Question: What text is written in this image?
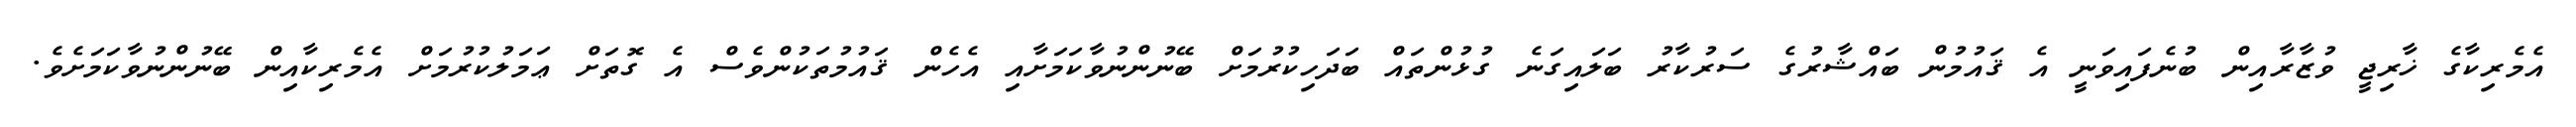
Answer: އެމެރިކާގެ ޚާރިޖީ ވުޒާރާއިން ބުނެފައިވަނީ އެ ޤައުމުން ބައްޝާރުގެ ސަރުކާރު ބަލައިގަނެ ގުޅުންތައް ބަދަހިކުރުމަށް ބޭނުންނުވާކަމަށާއި އެހެން ޤައުމުތަކުންވެސް އެ ގޮތަށް ޢަމަލުކުރުމަށް އެމެރިކާއިން ބޭނުންނުވާކަމަށެވެ.